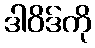
ဒါဝိဒ်ကို